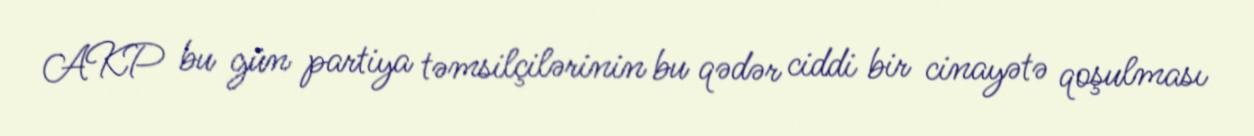
AKP bu gün partiya təmsilçilərinin bu qədər ciddi bir cinayətə qoşulması